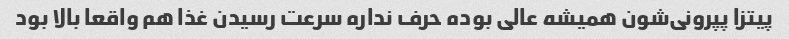
پیتزا پپرونی‌شون همیشه عالی بوده حرف نداره سرعت رسیدن غذا هم واقعا بالا بود